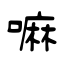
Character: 嘛